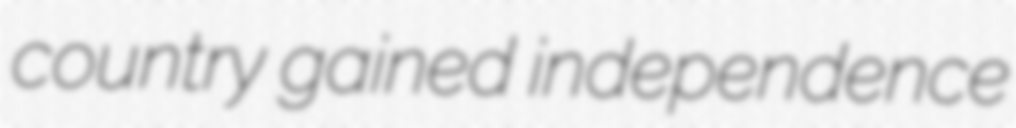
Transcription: country gained independence